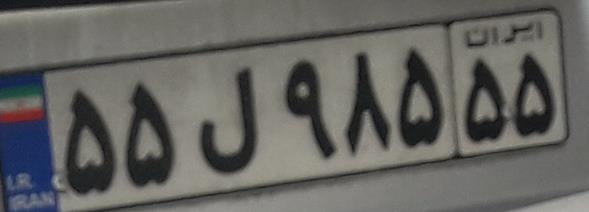
۵۵ل۹۸۵۵۵